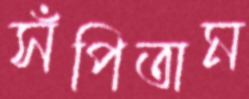
সঁপিতাম